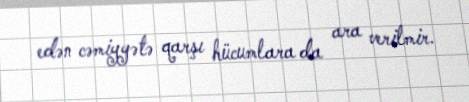
edən cəmiyyətə qarşı hücumlara da ara verilmir.